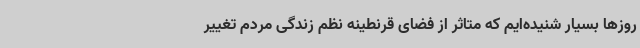
روزها بسیار شنیده‌ایم که متاثر از فضای قرنطینه نظم زندگی مردم تغییر